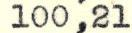
100,21